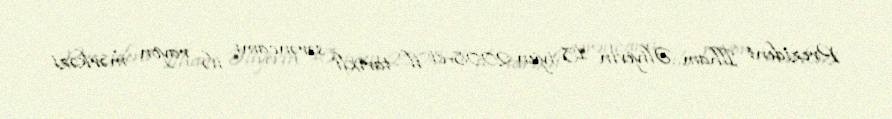
Prezident İlham Əliyevin 13 iyun 2008-ci il tarixli sərəncamı ilə rayon mərkəzi